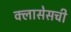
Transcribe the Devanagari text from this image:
क्लासेसची